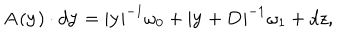
{ \bf A } ( { \bf y } ) \cdot d { \bf y } = | { \bf y } | ^ { - 1 } \omega _ { 0 } + | { \bf y } + { \bf D } | ^ { - 1 } \omega _ { 1 } + d z ,